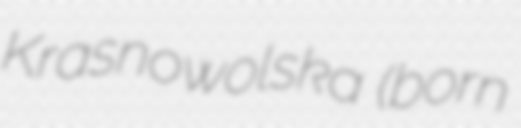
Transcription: Krasnowolska (born